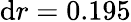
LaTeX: \mathrm{d}r=0.195